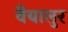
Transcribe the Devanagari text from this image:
वैयालुर